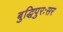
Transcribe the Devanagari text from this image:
बुद्धिपुरःसर